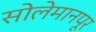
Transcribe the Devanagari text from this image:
सोलेमानपूर